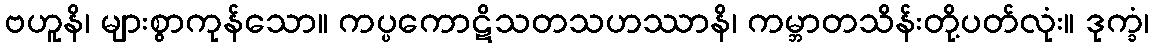
ဗဟူနိ၊ များစွာကုန်သော။ ကပ္ပကောဋိသတသဟဿာနိ၊ ကမ္ဘာတသိန်းတို့ပတ်လုံး။ ဒုက္ခံ၊